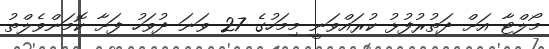
މޯލްޓާ އަށް ދަތުރުފުޅު ކުރައްވަނީ މިމަހުގެ 27 ވަނަ ދުވަހު ފަށާ ކޮމަންވެލްތު